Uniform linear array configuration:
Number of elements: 64
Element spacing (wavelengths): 0.5
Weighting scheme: exponential
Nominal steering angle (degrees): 45
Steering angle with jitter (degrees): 43.492
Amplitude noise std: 0.05
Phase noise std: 0.05

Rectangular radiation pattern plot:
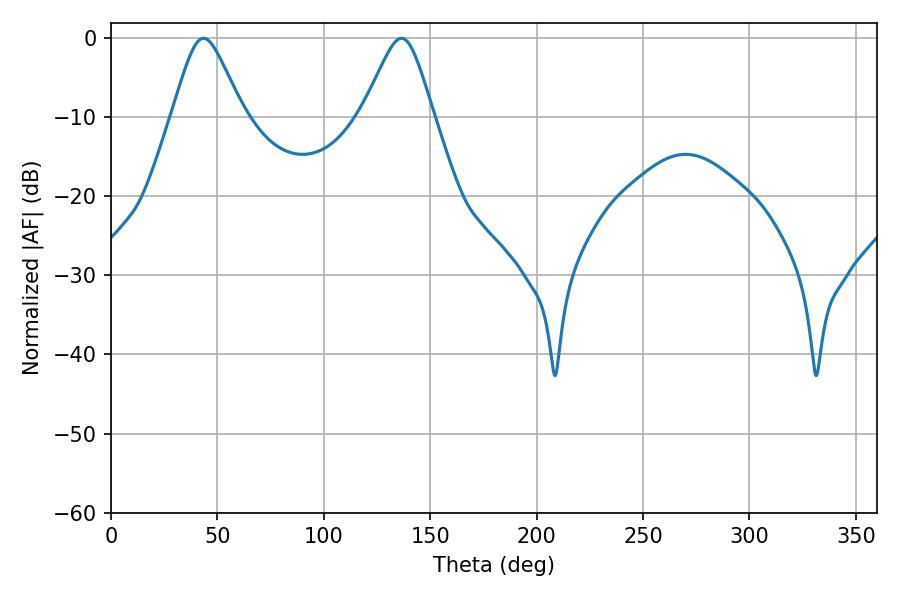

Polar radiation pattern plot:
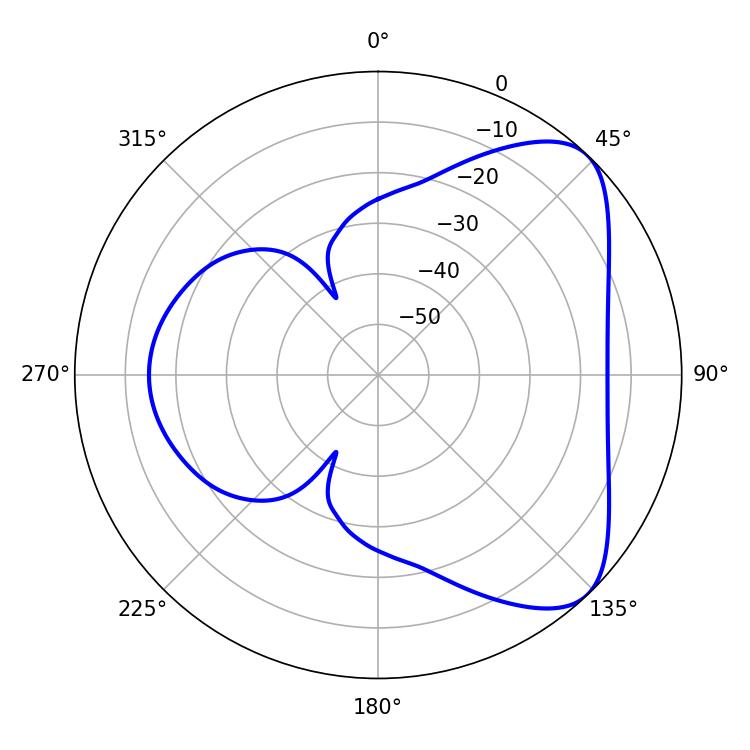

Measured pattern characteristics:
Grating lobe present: FALSE
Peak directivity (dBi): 6.292
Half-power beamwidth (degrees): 16.02
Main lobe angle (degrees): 43.56